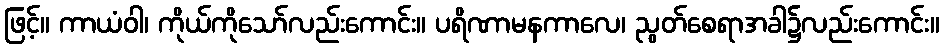
ဖြင့်။ ကာယံဝါ၊ ကိုယ်ကိုသော်လည်းကောင်း။ ပရိဏာမနကာလေ၊ ညွတ်စေရာအခါ၌လည်းကောင်း။